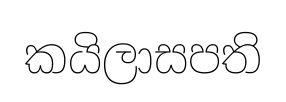
කයිලාසපති